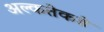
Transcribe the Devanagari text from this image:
अल्कतेकडे